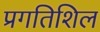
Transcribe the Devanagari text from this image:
प्रगतिशिल